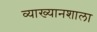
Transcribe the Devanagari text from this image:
व्याख्यानशाला